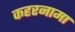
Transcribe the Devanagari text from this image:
कहरनामा